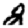
Digit: 2